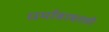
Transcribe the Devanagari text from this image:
धर्मांबाबतही